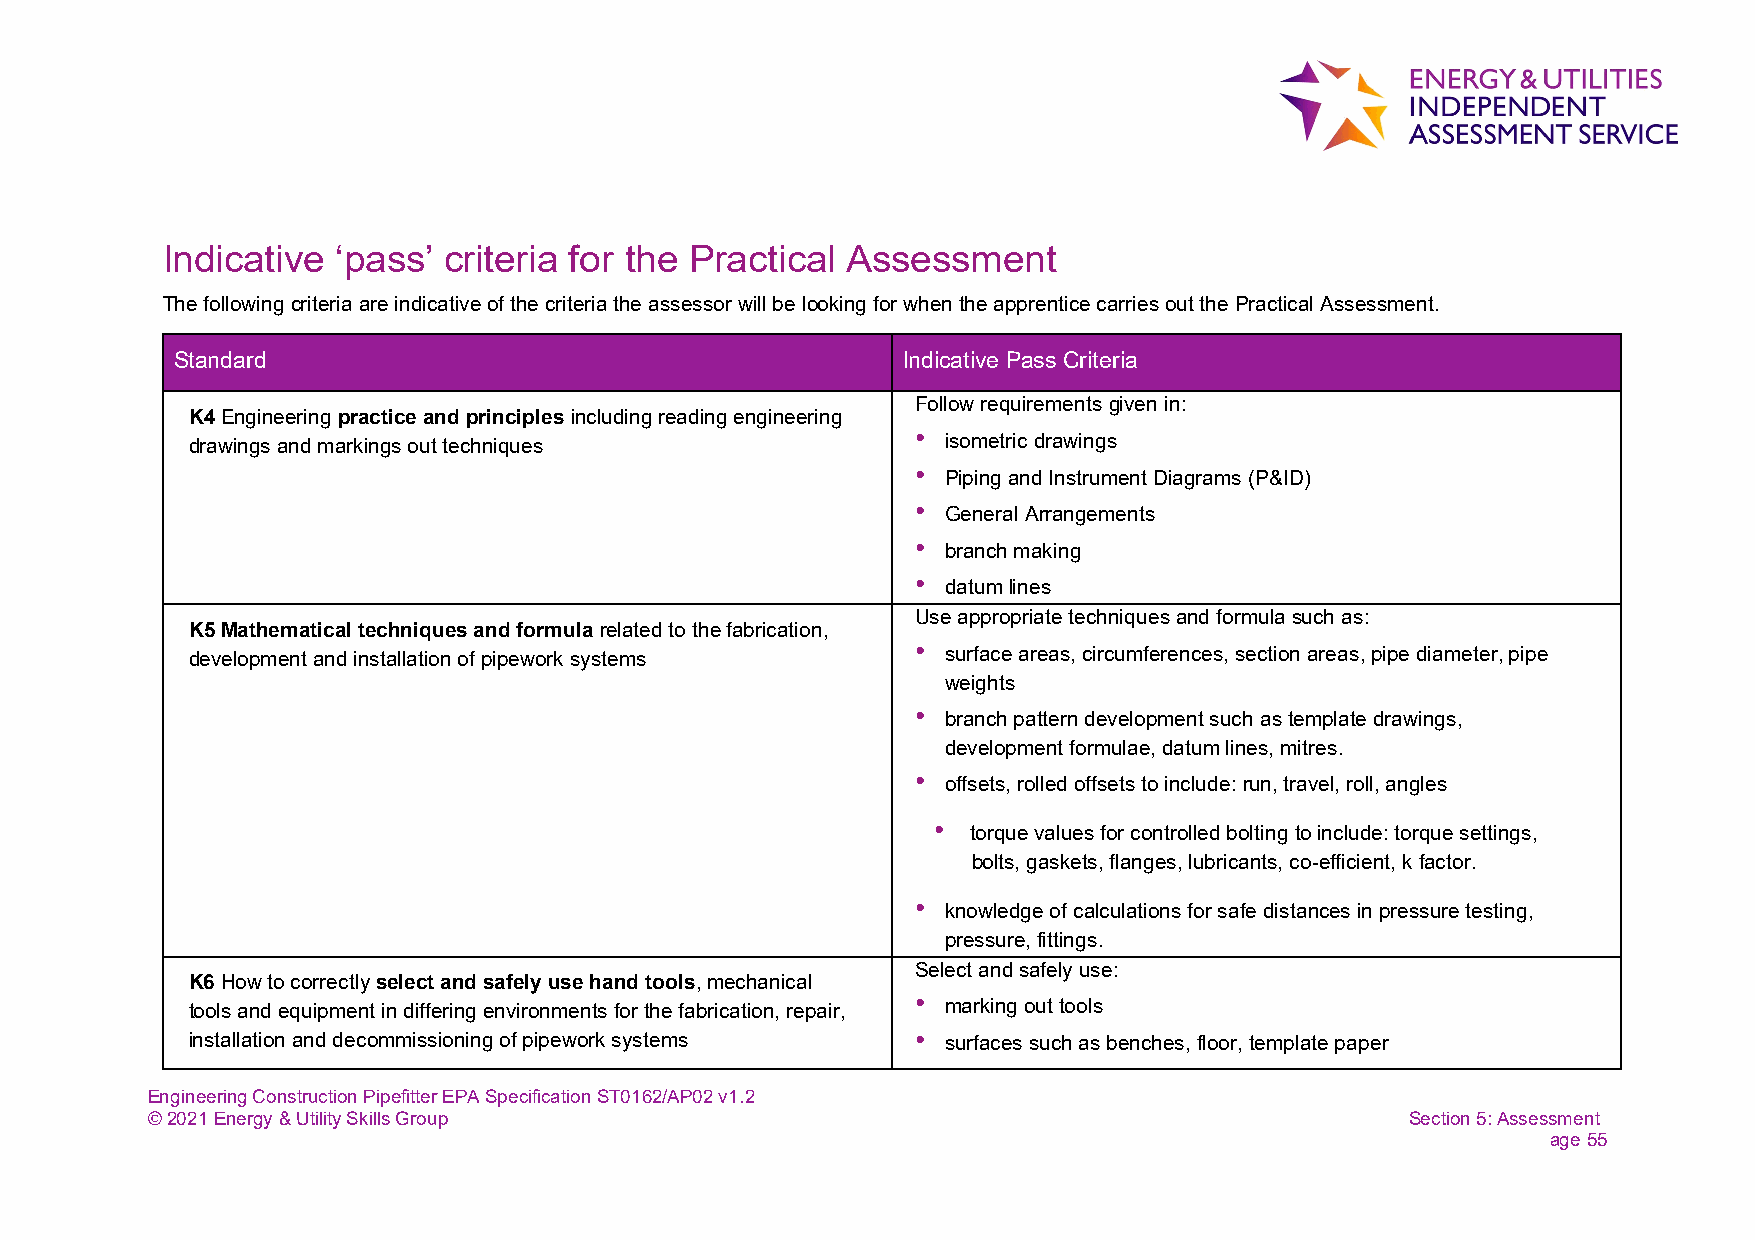
Indicative ‘pass’ criteria for the Practical Assessment
 The following criteria are indicative of the criteria the assessor will be looking for when the apprentice carries out the Practical Assessment.
 Standard                                        Indicative Pass Criteria
 Follow requirements given in:
 K4 Engineering practice and principles including reading engineering
 drawings and markings out techniques             • isometric drawings
 • Piping and Instrument Diagrams (P&ID)
 • General Arrangements
 • branch making
 • datum lines
 Use appropriate techniques and formula such as:
 K5 Mathematical techniques and formula related to the fabrication,
 development and installation of pipework systems • surface areas, circumferences, section areas, pipe diameter, pipe
 weights
 • branch pattern development such as template drawings,
 development formulae, datum lines, mitres.
 • offsets, rolled offsets to include: run, travel, roll, angles
 • torque values for controlled bolting to include: torque settings,
 bolts, gaskets, flanges, lubricants, co-efficient, k factor.
 • knowledge of calculations for safe distances in pressure testing,
 pressure, fittings.
 Select and safely use:
 K6 How to correctly select and safely use hand tools, mechanical
 tools and equipment in differing environments for the fabrication, repair, • marking out tools
 installation and decommissioning of pipework systems • surfaces such as benches, floor, template paper
 Engineering Construction Pipefitter EPA Specification ST0162/AP02 v1.2
 © 2021 Energy & Utility Skills Group                                               Section 5: Assessment
 age 55